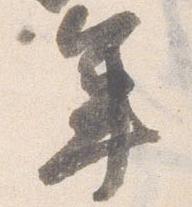
年